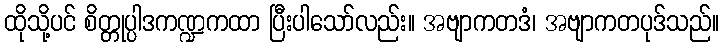
ထိုသို့ပင် စိတ္တုပ္ပါဒကဏ္ဍကထာ ပြီးပါသော်လည်း။ အဗျာကတဒံ၊ အဗျာကတပုဒ်သည်။